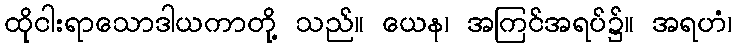
ထိုငါးရာသောဒါယကာတို့ သည်။ ယေန၊ အကြင်အရပ်၌။ အရဟံ၊